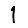
Digit: 1